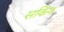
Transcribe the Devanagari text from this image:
सकिंग